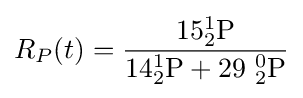
R_{P}(t)={\frac {15{_{2}^{1}}{\ce {P}}}{14{_{2}^{1}}{\ce {P}}+29\ {_{2}^{0}}{\ce {P}}}}